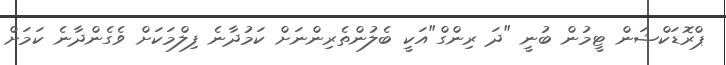
ޕްރޮޑަކްޝަން ޓީމުން ބުނީ "ދަ ރިންގް"އަކީ ބެލުންތެރިންނަށް ކަމުދާނެ ފިލްމަކަށް ވެގެންދާނެ ކަމަށް